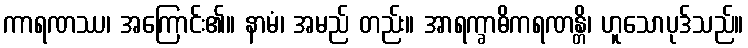
ကာရဏဿ၊ အကြောင်း၏။ နာမံ၊ အမည် တည်း။ အာရက္ခာဓိကရဏန္တိ၊ ဟူသောပုဒ်သည်။